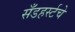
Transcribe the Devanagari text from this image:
सँडहर्स्टचे